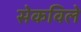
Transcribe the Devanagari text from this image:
सेकविले